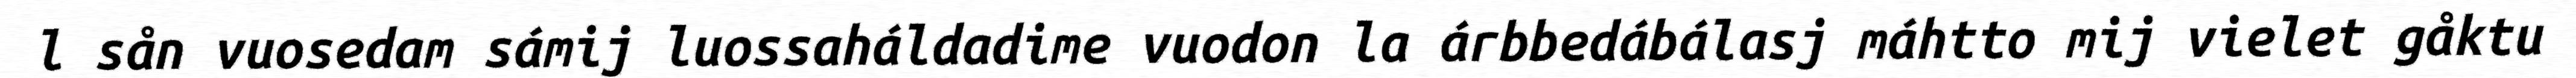
l sån vuosedam sámij luossaháldadime vuodon la árbbedábálasj máhtto mij vielet gåktu